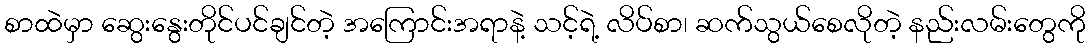
စာထဲမှာ ဆွေးနွေးတိုင်ပင်ချင်တဲ့ အကြောင်းအရာနဲ့ သင့်ရဲ့ လိပ်စာ၊ ဆက်သွယ်စေလိုတဲ့ နည်းလမ်းတွေကို